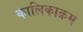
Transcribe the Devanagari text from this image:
कालिकाक्रम